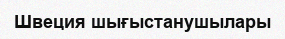
Швеция шығыстанушылары